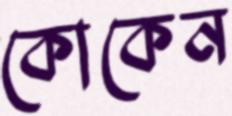
কোকেন